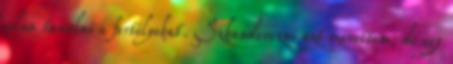
volna tanulni a fortélyokat. Szkanderezni azt szerettem, de egy